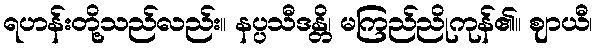
ရဟန်းတို့သည်လည်း။ နပ္ပသီဒန္တိ၊ မကြည်ညိုကုန်၏။ ဈာယီ၊